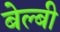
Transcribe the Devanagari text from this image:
बेल्बी